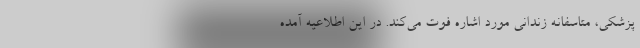
پزشکی، متاسفانه زندانی مورد اشاره فوت می‌کند. در این اطلاعیه آمده